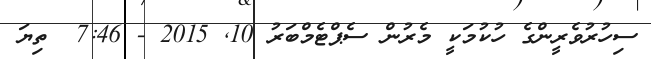
ސިހުރުވެރީންގެ ހުކުމަކީ މެރުން ސެޕްޓެމްބަރު 10